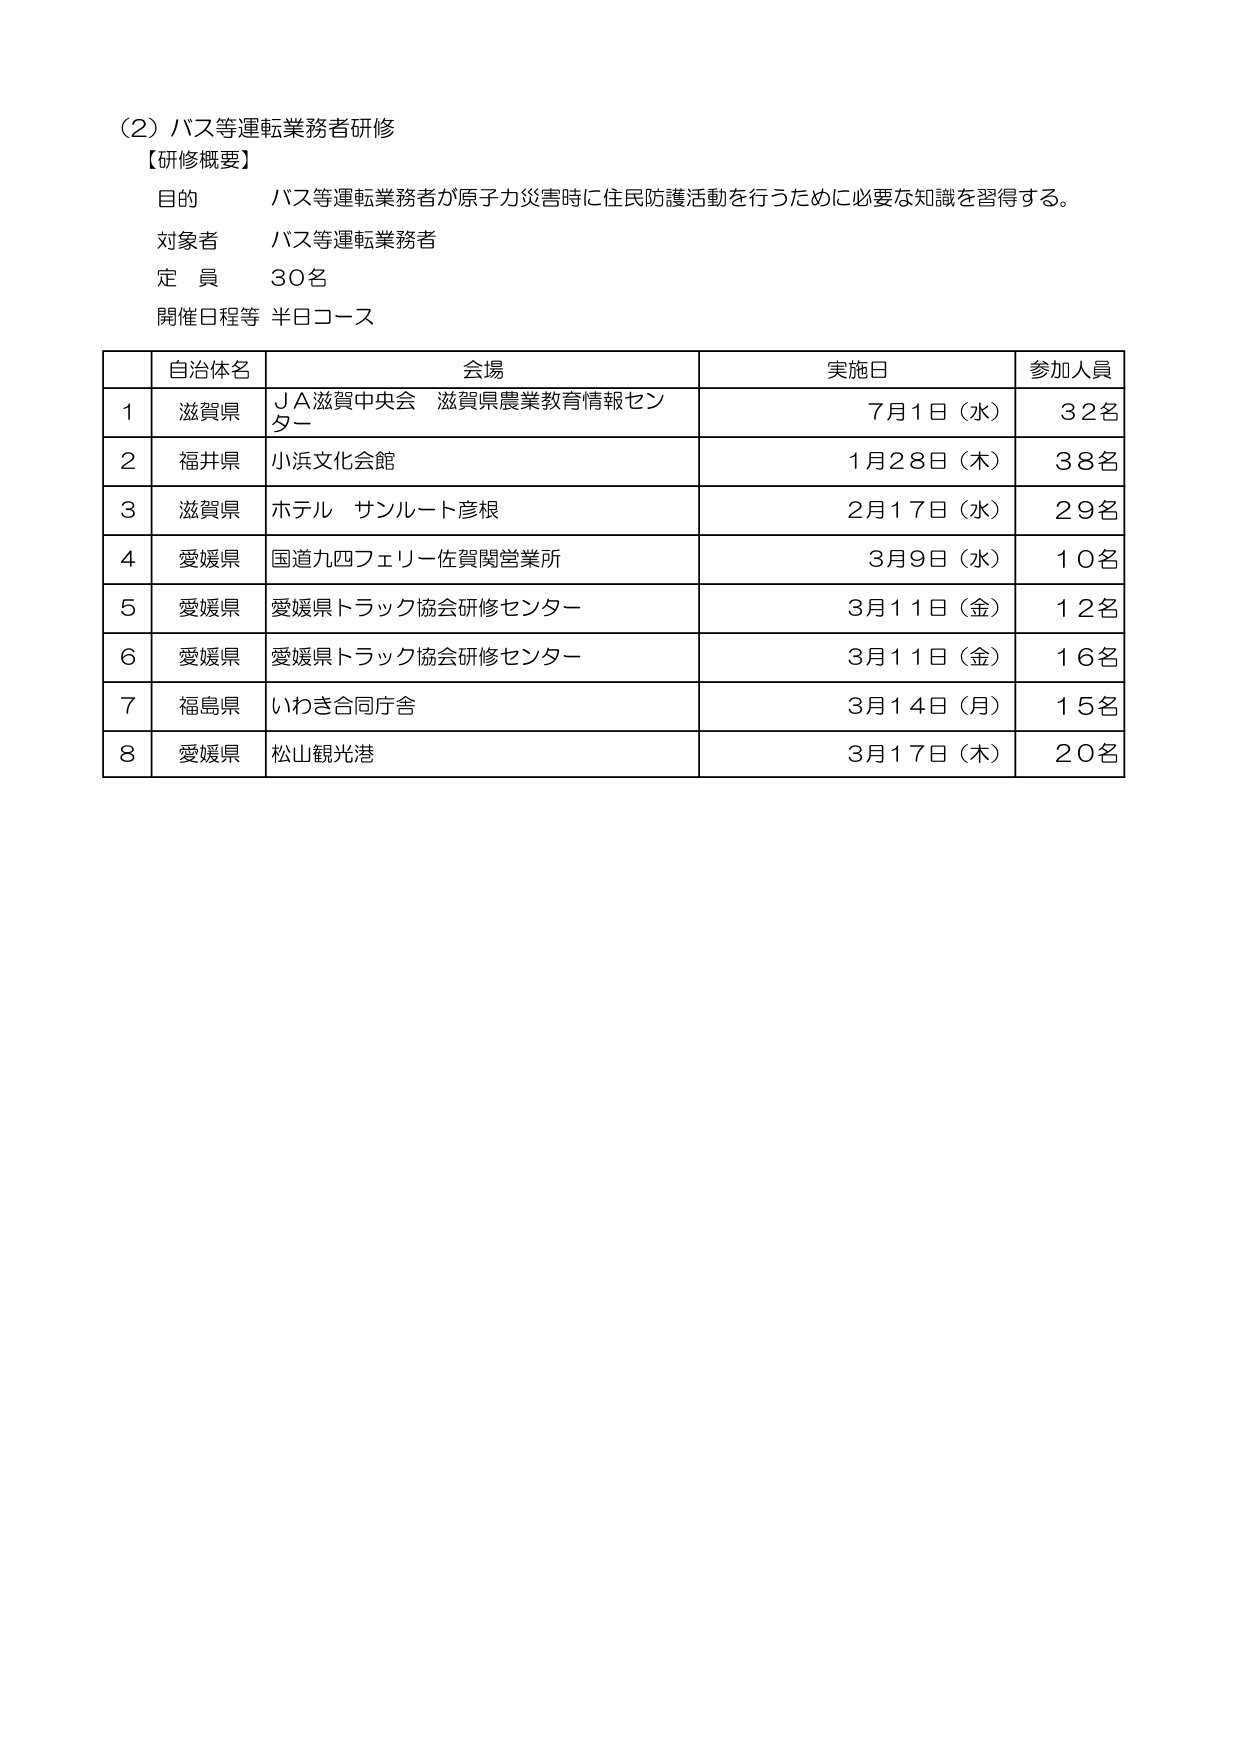
(2) バス等運転業務者研修
【研修概要】
目的 バス等運転業務者が原子力災害時に住民防護活動を行うために必要な知識を習得する。
対象者 バス等運転業務者
定員 30名
開催日程等 半日コース

| | 自治体名 | 会場 | 実施日 | 参加人員 |
|---|---|---|---|---|
| 1 | 滋賀県 | ＪＡ滋賀中央会 滋賀県農業教育情報センター | 7月1日（水） | 32名 |
| 2 | 福井県 | 小浜文化会館 | 1月28日（木） | 38名 |
| 3 | 滋賀県 | ホテル サンルート彦根 | 2月17日（水） | 29名 |
| 4 | 愛媛県 | 国道九四フェリー佐賀関営業所 | 3月9日（水） | 10名 |
| 5 | 愛媛県 | 愛媛県トラック協会研修センター | 3月11日（金） | 12名 |
| 6 | 愛媛県 | 愛媛県トラック協会研修センター | 3月11日（金） | 16名 |
| 7 | 福島県 | いわき合同庁舎 | 3月14日（月） | 15名 |
| 8 | 愛媛県 | 松山観光港 | 3月17日（木） | 20名 |